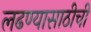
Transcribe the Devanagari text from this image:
लढण्यासाठीची